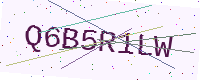
Text: Q6B5R1LW